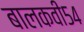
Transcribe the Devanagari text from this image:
बालकवी५४